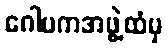
ဂေါပကအဖွဲ့ထံမှ